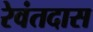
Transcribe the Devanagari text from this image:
रेवंतदास